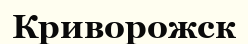
Криворожск